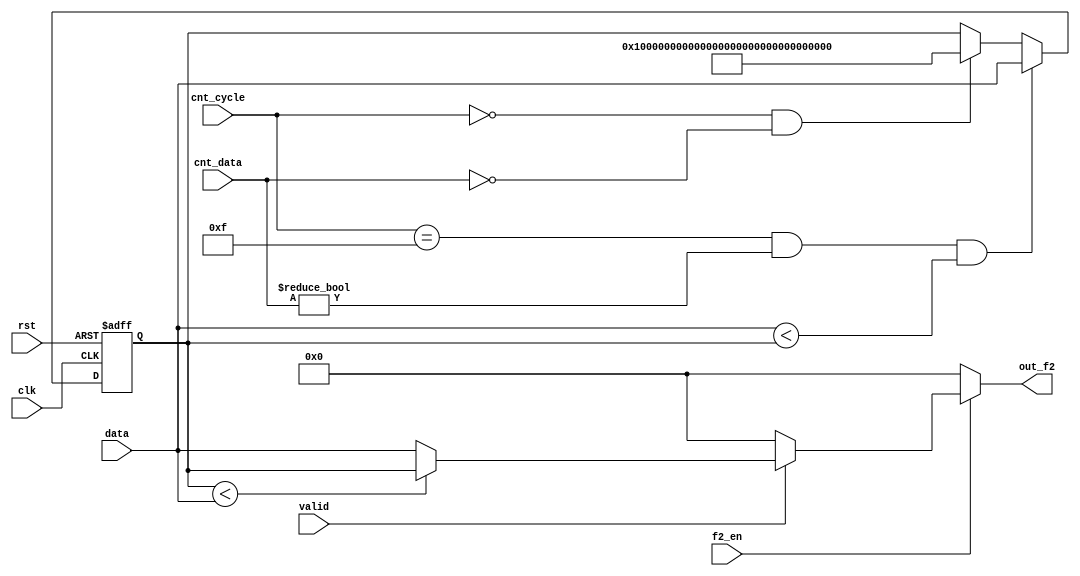
module f2(
        input                   clk,
        input                   rst,
        input                   f2_en,
        input                   valid,
        input [127:0]           data,
        input [3:0]             cnt_cycle,
        input [2:0]             cnt_data,

        output reg[127:0]       out_f2
        );

        reg [127:0]     buff;

        always@(posedge clk, posedge rst)begin
                if(rst)
                        buff <= 128'hFFFF_FFFF_FFFF_FFFF_FFFF_FFFF_FFFF_FFFF;
                else if((cnt_cycle == 4'd15) && (cnt_data != 3'd0) && (data < buff))
                        buff <= data;
                else if((cnt_cycle == 4'd0) && (cnt_data == 3'd0))  // flush buffer.
                        buff <= 128'hFFFF_FFFF_FFFF_FFFF_FFFF_FFFF_FFFF_FFFF;
        end

        always@*begin
                if(f2_en)begin
                        if(valid)
                                out_f2 = (buff < data)? buff:data;
                        else
                                out_f2 = 128'b0;
                end
                else
                        out_f2 = 128'b0;
        end
        
endmodule